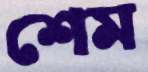
শেম